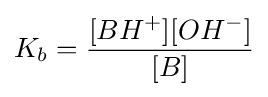
K_{b}={\frac {[BH^{+}][OH^{-}]}{[B]}}